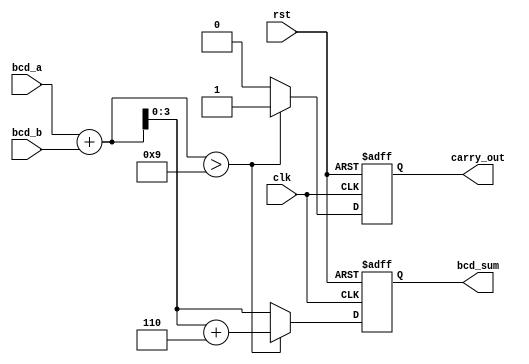
module bcd_redundant_binary_adder (
    input  wire [3:0] bcd_a,     // First BCD input
    input  wire [3:0] bcd_b,     // Second BCD input
    output reg  [3:0] bcd_sum,    // BCD output
    output reg        carry_out,   // Carry out
    input  wire        clk,        // Clock signal
    input  wire        rst         // Reset signal
);

    reg [4:0] sum; // 5 bits to hold the sum (including carry)
    
    always @(posedge clk or posedge rst) begin
        if (rst) begin
            bcd_sum  <= 4'b0000;
            carry_out <= 1'b0;
        end else begin
            // Initial addition of BCD inputs
            sum = bcd_a + bcd_b;

            // Check if the sum exceeds 9 (1001 in binary)
            if (sum > 4'b1001) begin
                sum = sum + 4'b0110; // Add 6 to correct to valid BCD
                carry_out = 1'b1;     // Set carry out
            end else begin
                carry_out = 1'b0;     // No carry out
            end
            
            // Assign the result to bcd_sum
            bcd_sum = sum[3:0]; // Take only the lower 4 bits
        end
    end
endmodule